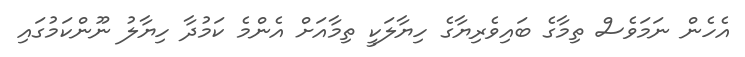
އެހެން ނަމަވެސް ތިމާގެ ބައިވެރިޔާގެ ހިޔާލަކީ ތިމާއަށް އެންމެ ކަމުދާ ހިޔާލު ނޫންކަމުގައި